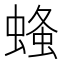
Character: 𧎓